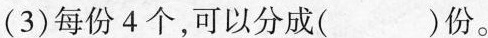
(3)每份4个，可以分成()份。